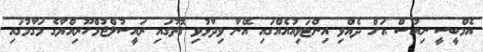
އެމްބީސީ ނިއުސް އަށް ދެއްވި އިންޓަވިއުއެެއްގައި އޭނާ ވިދާޅުވި ގޮތުގައި ރައީސުލްޖުމްހޫރިއްޔާގެ މަގާމުގައި